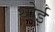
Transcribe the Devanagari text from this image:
थोई